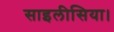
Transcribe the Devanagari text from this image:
साइलीसिया।